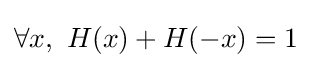
\forall x,\ H(x)+H(-x)=1